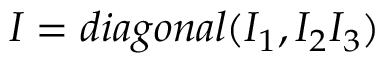
I = d i a g o n a l ( I _ { 1 } , I _ { 2 } I _ { 3 } )